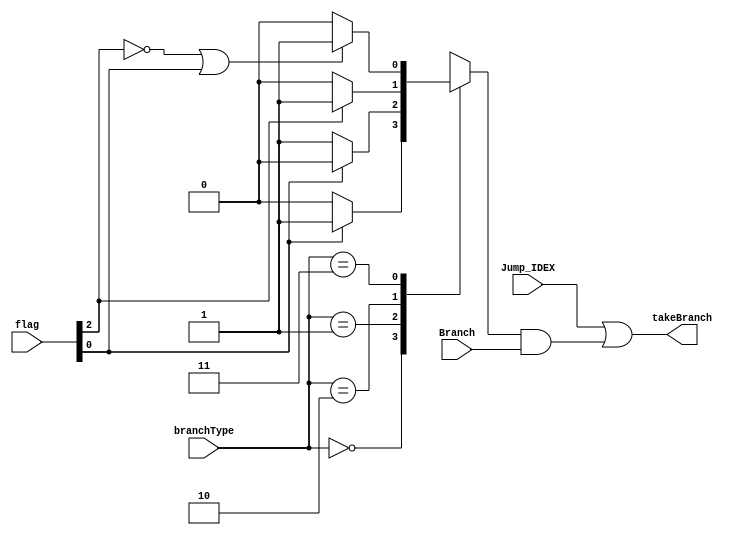
module branchCtrl(Jump_IDEX, Branch, branchType, flag, takeBranch);
    
    input Branch,Jump_IDEX; 
    input [2:0] flag;
    input [1:0] branchType;
    output takeBranch;

    reg muxOut;

    assign takeBranch = Jump_IDEX | (muxOut & Branch);

    always @(*) begin
        casex (branchType)
            2'b00: muxOut = (flag[0]) ? 1'b1 : 1'b0;
            2'b01: muxOut = (flag[0]) ? 1'b0 : 1'b1;
            2'b10: muxOut = (flag[2]) ? 1'b1 : 1'b0;
            2'b11: muxOut = (~flag[2] | flag[0]) ? 1'b1 : 1'b0;
        endcase
    end
    
endmodule